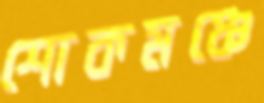
শোকমঞ্চে